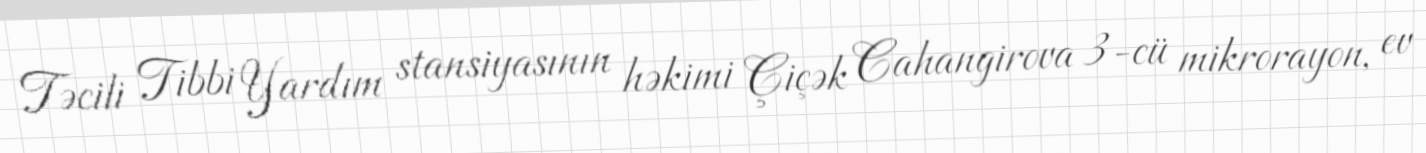
Təcili Tibbi Yardım stansiyasının həkimi Çiçək Cahangirova 3-cü mikrorayon, ev